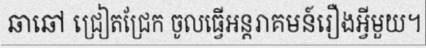
ឆាឆៅ ជ្រៀតជ្រែក ចូលធ្វើអន្តរាគមន៍រឿងអ្វីមួយ។